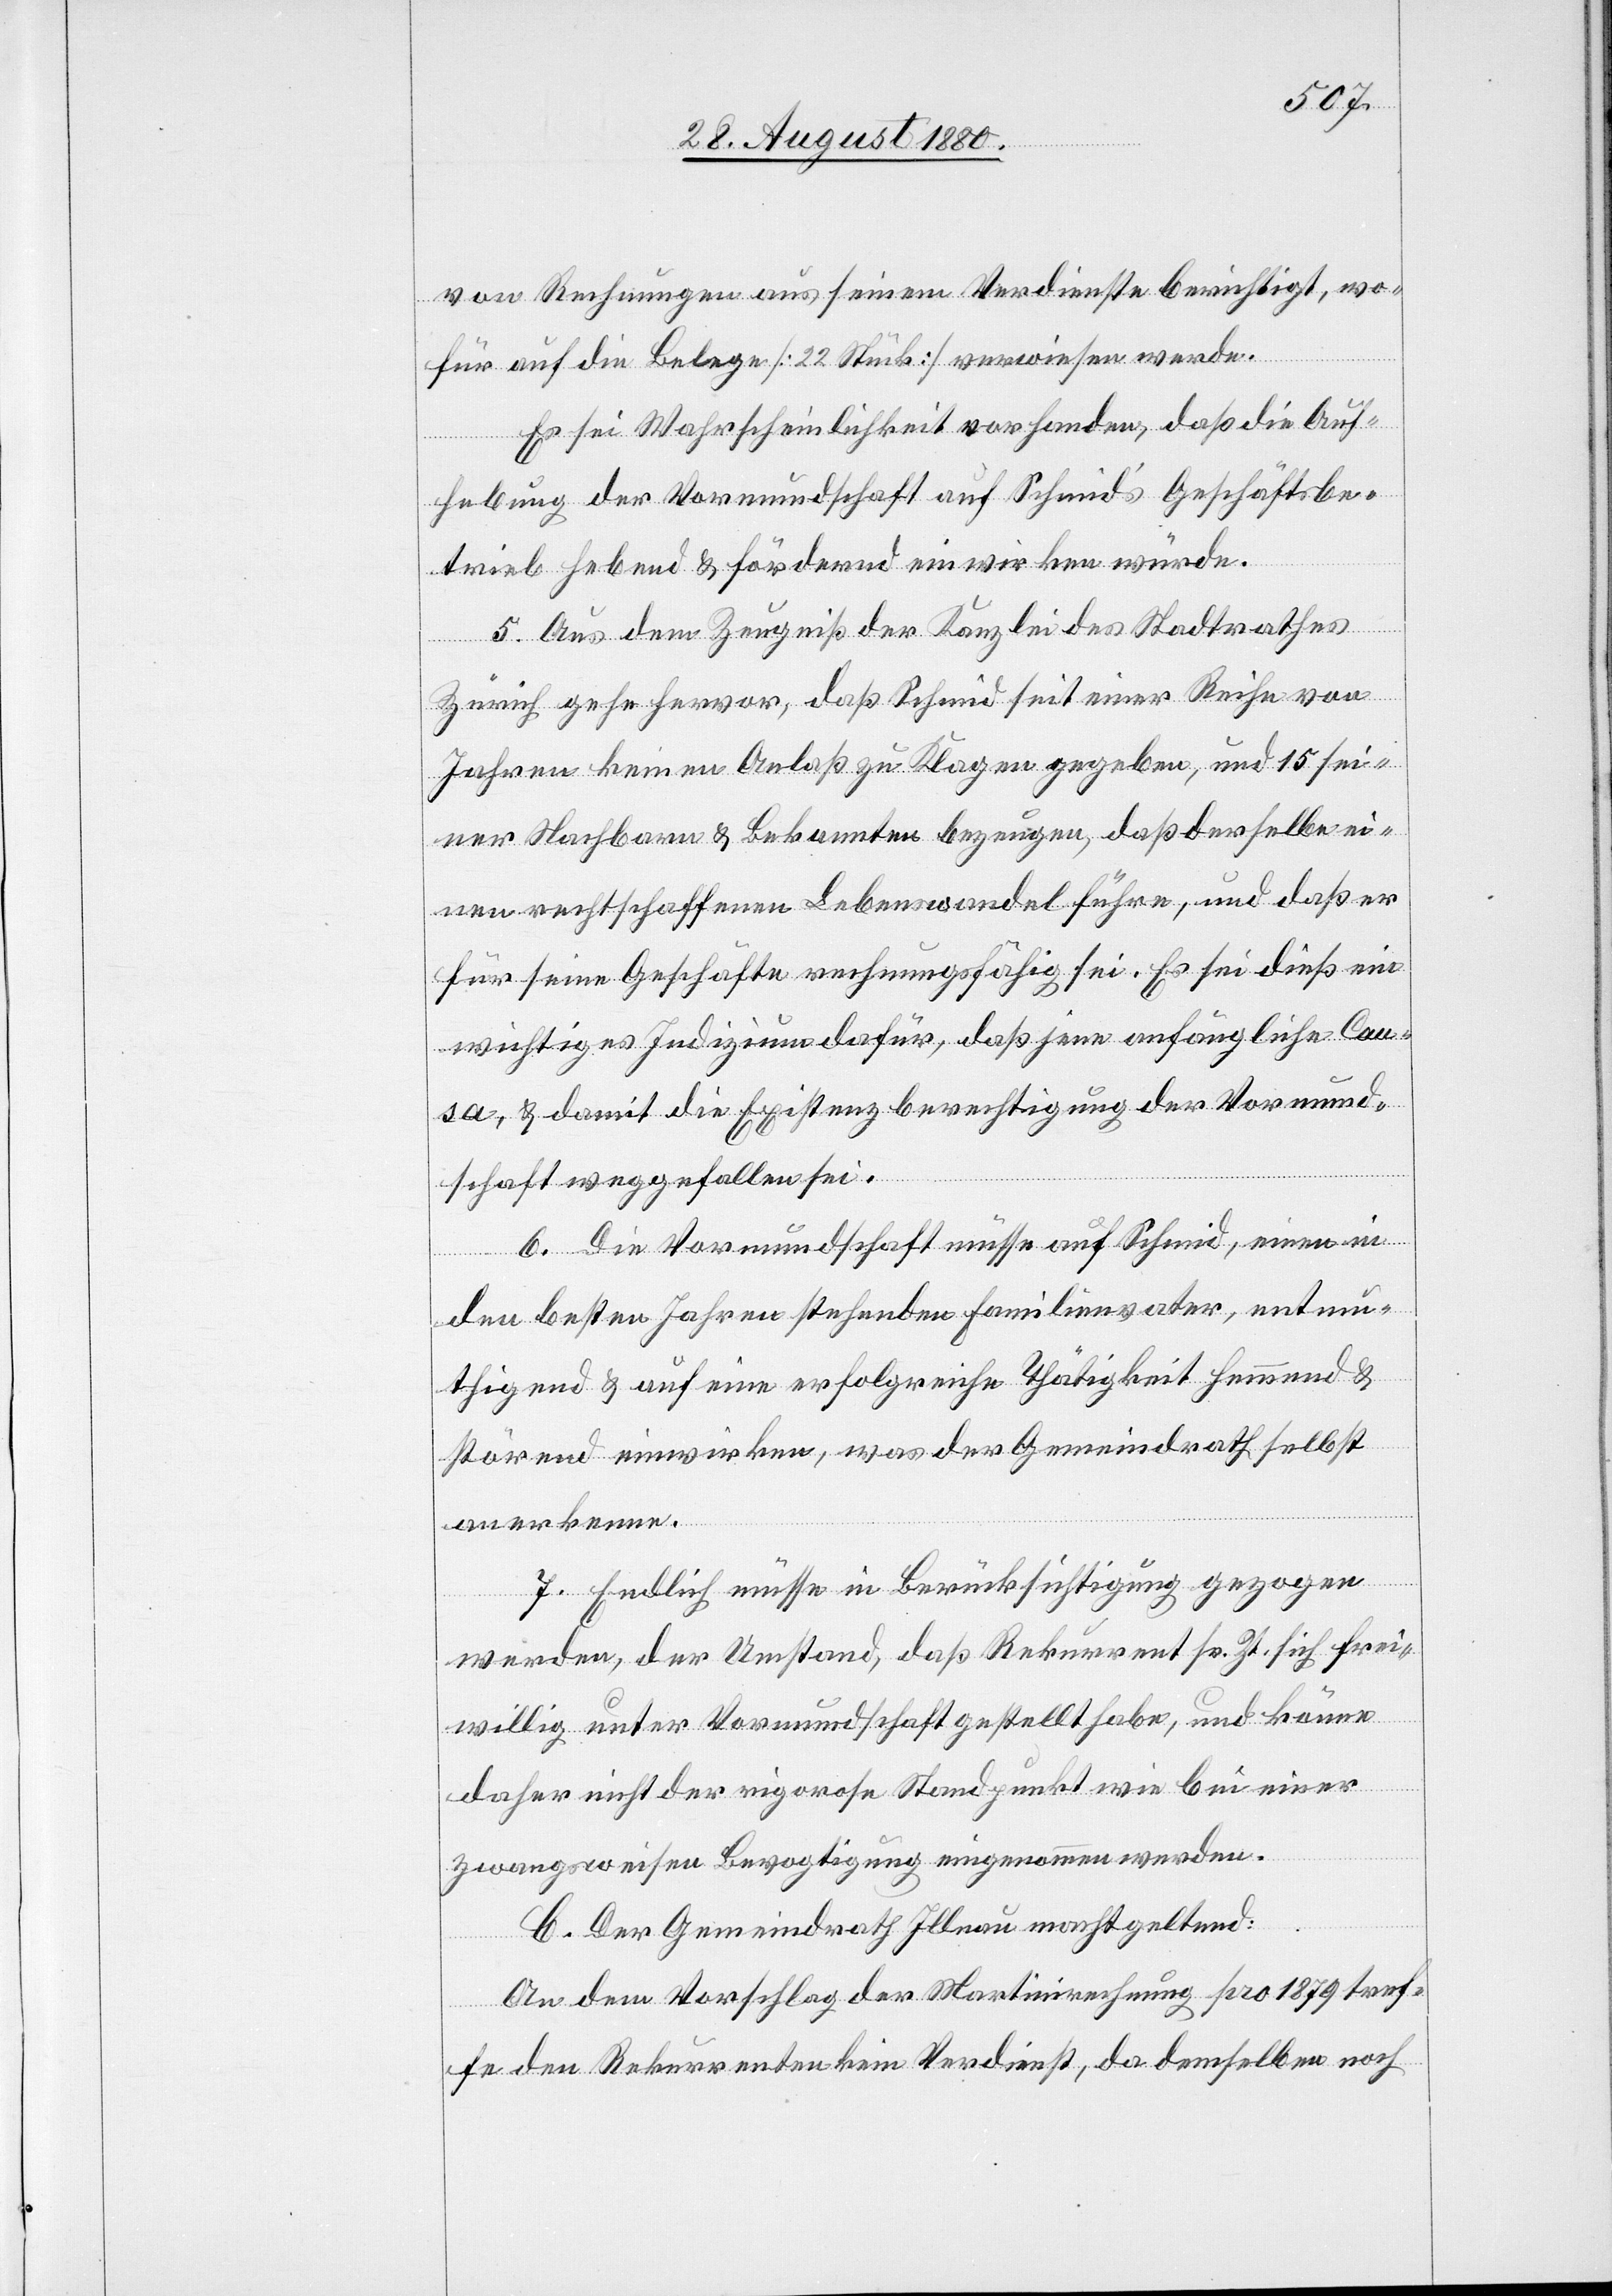
Rechnungen aus seinem Verdienste berichtigt, wo¬
für auf die Belege [22 Stück] verwiesen werde.
Es sei Wahrscheinlichkeit vorhanden, daß die Auf¬
hebung der Vormundschaft auf Schmid’s Geschäftsbe¬
trieb hebend & fördernd einwirken würde.
5. Aus dem Zeugniß der Kanzlei des Stadtrathes
Zürich gehe hervor, daß Schmid seit einer Reihe von
Jahren keinen Anlaß zu Klagen gegeben, und 15 sei¬
ner Nachbarn & Bekannten bezeugen, daß derselbe ei¬
nen rechtschaffenen Lebenswandel führe, und daß er
für seine Geschäfte rechnungsfähig sei. Es sei dieß ein
richtiges Indizium dafür, daß jene anfängliche Cau¬
sa, & damit die Existenzberechtigung der Vormund¬
schaft weggefallen sei.
6. Die Vormundschaft müsse auf Schmid, einen in
den besten Jahren stehenden Familienvater, entm¬
uthigend einwirken, was der Gemeindrath selbst
anerkenne.
7. Endlich müsse in Berücksichtigung gezogen
werden, der Umstand, daß Rekurrent sr. Zt. sich frei¬
willig unter Vormundschaft gestellt habe, und könne
daher nicht der rigorose Standpunkt wie bei einer
zwangsweisen Bevogtigung eingenommen werden.
C. Der Gemeindrath Illnau macht geltend:
An dem Vorschlag der Martinirechnung pro 1879 tref¬
fe den Rekurrenten kein Verdienst, da demselben noch